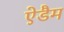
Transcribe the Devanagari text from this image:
ऐडैम